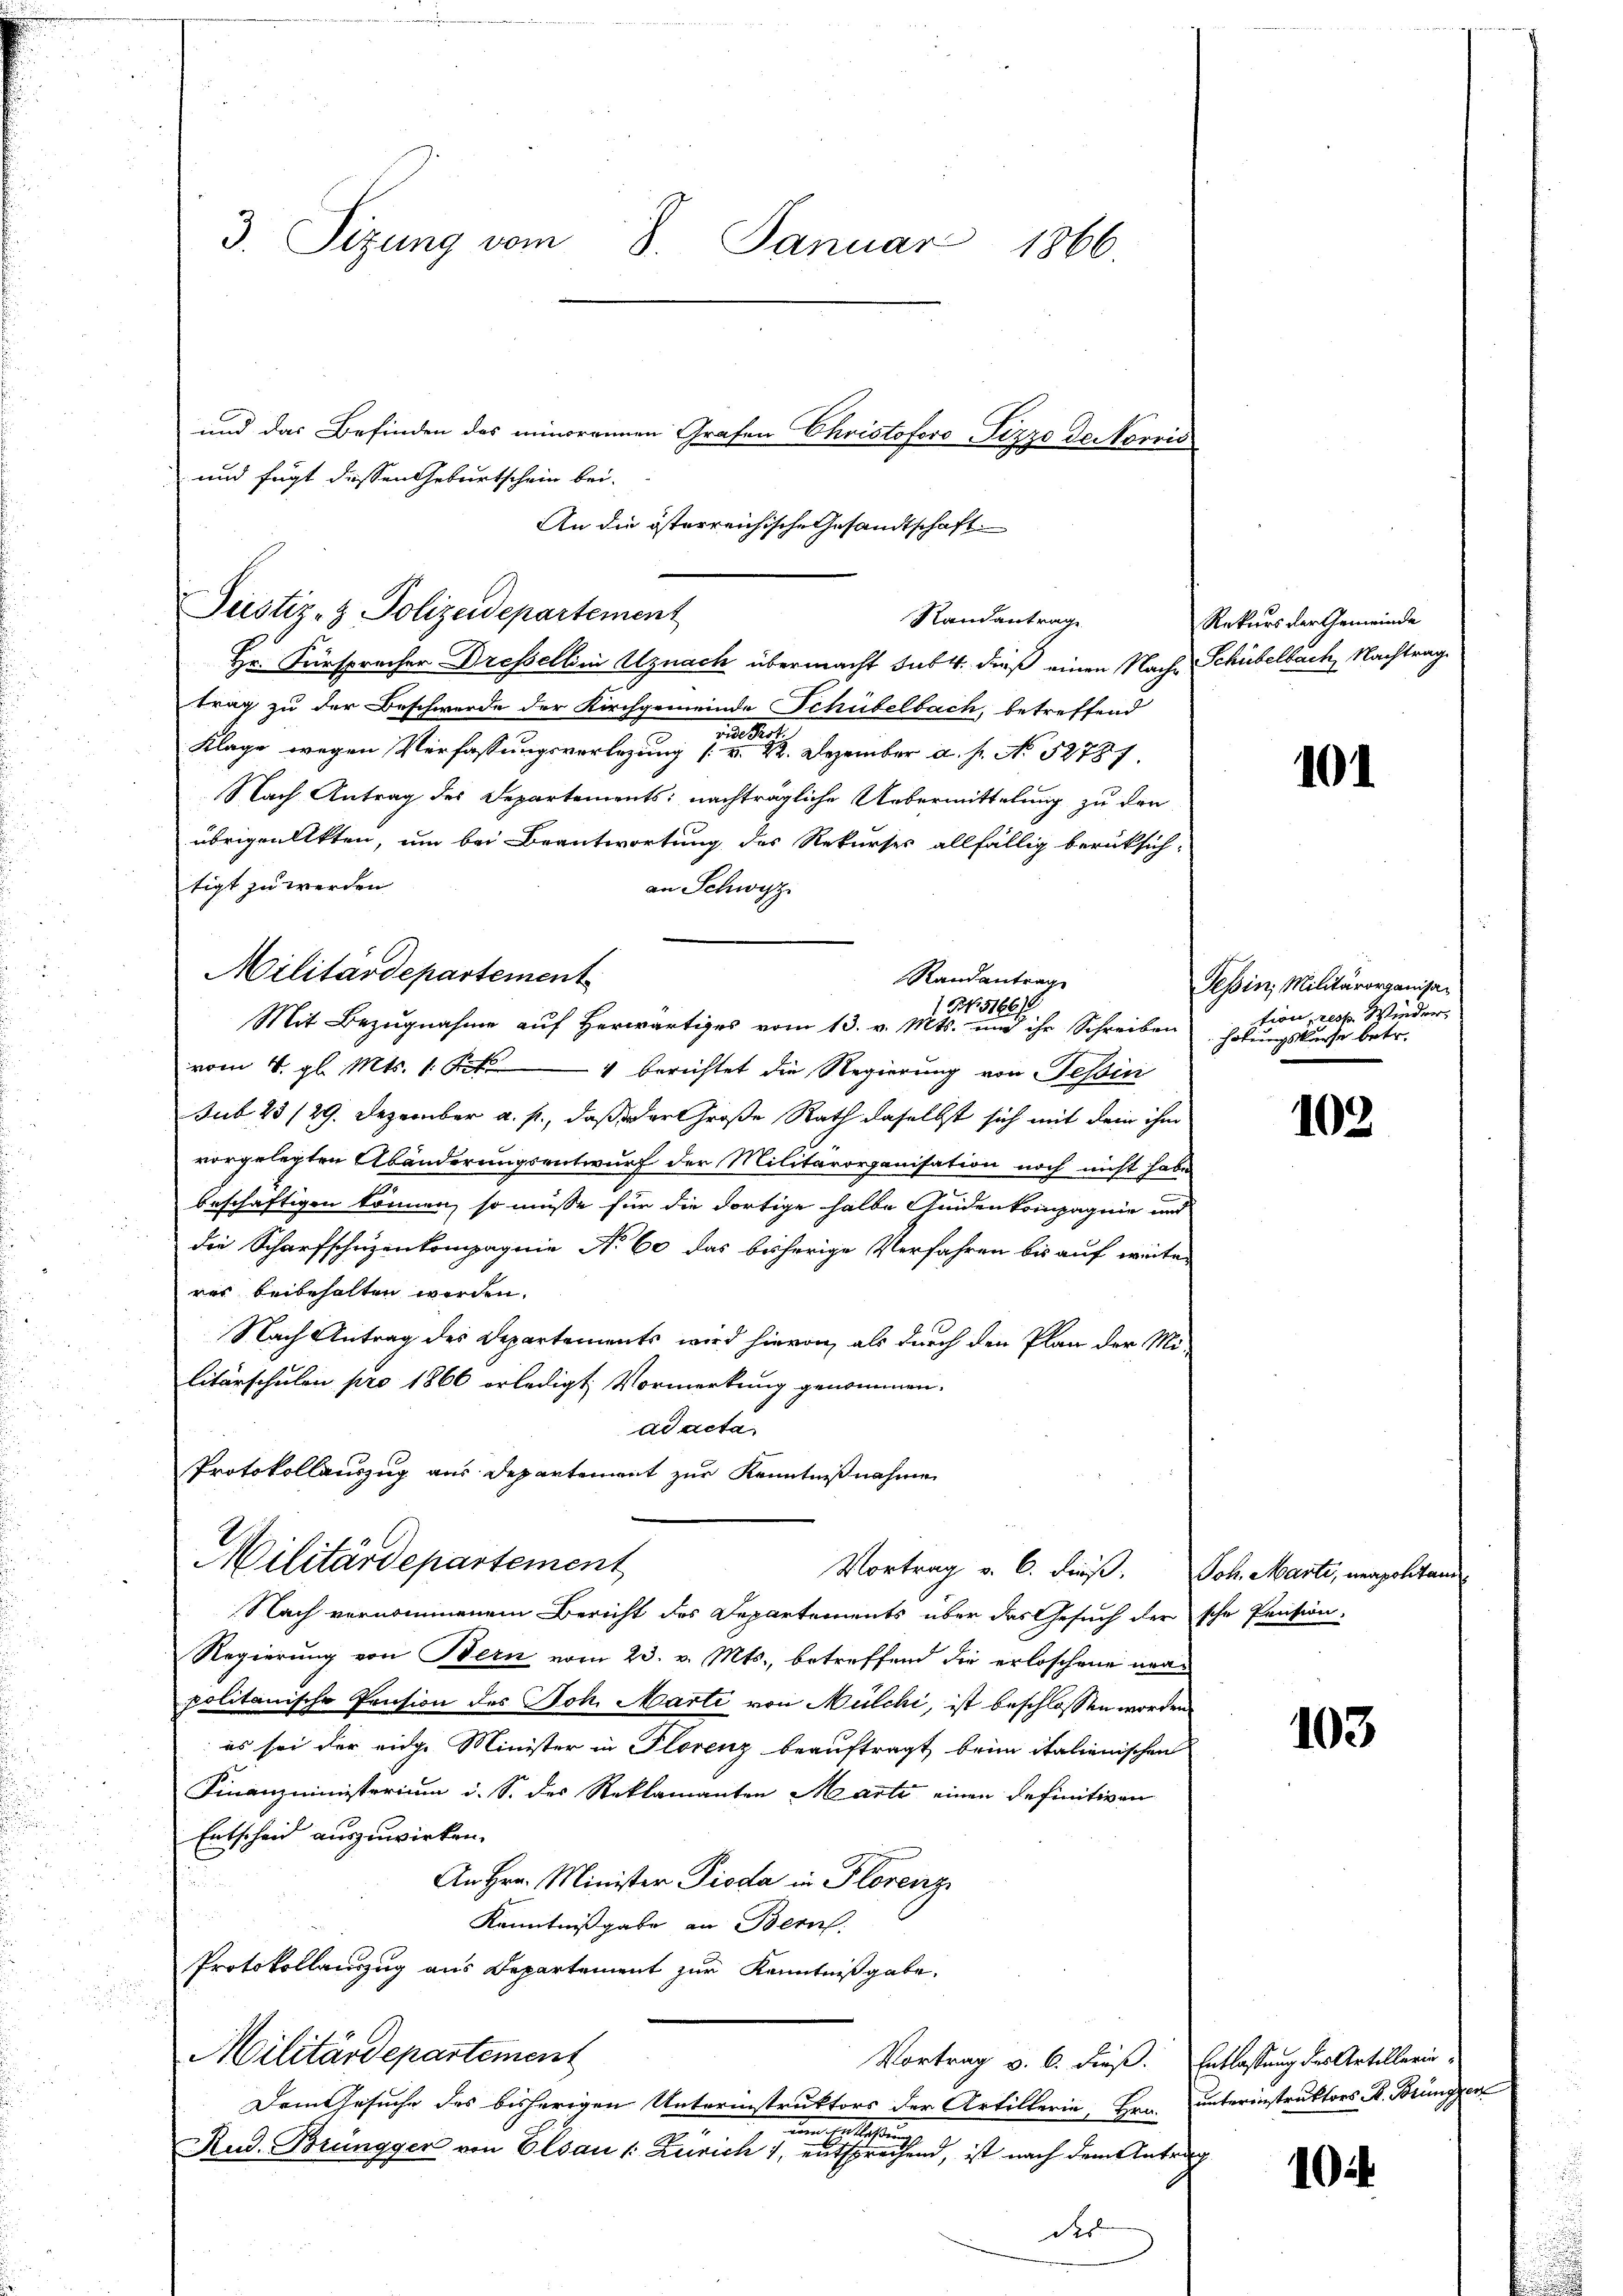
Justiz- & Polizeidepartement

Militärdepartement

An die österreichische Gesandtschaft
Standantrage

Militärdepartement
Vortrag v. 6. Fuß.

3. Sizung vom 8. Januar
1866.
und das Befinden des minorennen Grafen Christoforo Pizzo der korris
und fügt diessen Geburtschein bei.

Hr. Fürspracher Dressellini Uznach übermacht sub 4. dieß einen Nach Schübelbach, Nachtrag
trag zu der Beschwerde der Kirchgemeinde Schübelbach, betreffend
Rot
n
Klage wegen Verfassungsvorlegung (v. 12. Dezember a. f. No 52787.
Nach Antrag des Departements: nachträgliche Uebermittelung zu den
übrigen Akten, um bei Beantwortung des Rekurses allfällig berücksich-
tigt zu werden.
an Schwyz
Randantrag
1 Nr. 5166/
Mit Bezugnahme auf herwärtiges vom 13. v. Mts. und ihr Schreiben holungskurse betr.
vom 4. gl. Mts. 1. Frk. berichtet die Regierung von Tessini
sub 23 /29. Dezember a. p., daß der Große Rath daselbst sich mit dem ihm
vorgelegten Abänderungsentwurf der Militärorganisation noch nicht habe
beschäftigen können, so müsse für die dortige halbe Gedenkompagnie und
die Scharfschuzenkompagnie No 60 das bisherige Verfahren bis auf weiter
rer beibehalten worden.
Nach Antrag des Departements wird hievon, als durch den Plan der Militärschulen pro 1866 erledigt Vormerkung genommen.
ad acta
Protokollauszug aus Departement zur Kenntnißnahme

Nach vernommenem Bericht des Departements über das Gesuch der sche Pension.
Regierung von Bern vom 23. v. Mts., betreffend die erloschene neapolitanische Pension des Joh. Marti von Mülchi, ist beschlossen worden.
 es sei der eidge Minister in Florenz beauftragt, beim italienischen
Finanzministerium i. S. des Reklamanten Marti einen definitiven
Entscheid auszuwirken.
An Hrn. Minister Pioda in Florenz
Kenntnißgabe an Bern.
Protokollauszug aus Departement zur Kenntnißgabe.
Militärdepartement
Vortrag v. 6. dießs. Entlastung des Artillarie
Dem Gesuche des bisherigen Unterinstruktors der Artillerin, Hrn. unterinstruktors R. Brüngger
und der leistung
Rud. Brüngger von Elsau 1: Zürich 1, entsprechend, ist nach dem Antrag

der

Rekurs der Gemeinde

101

Tessin, Militärorganisation, resp. Wieder,

103.

Joh. Marti, neapolitai

103.

10